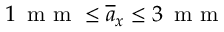
1 \, \mathrm { ~ m ~ m ~ } \le \overline { { a } } _ { x } \le 3 \, \mathrm { ~ m ~ m ~ }